Annual statistical returns and brief notes on vaccination in Bengal - 1887-1898
Year: 1887
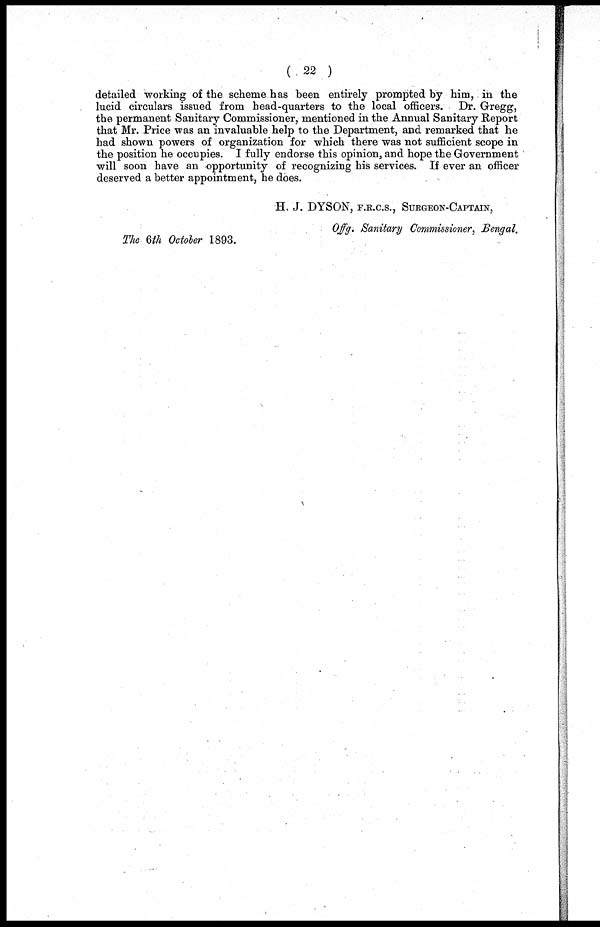
( 22 )
detailed working of the scheme has been entirely prompted by him, in the
lucid circulars issued from bead-quarters to the local officers. Dr. Gregg,
the permanent Sanitary Commissioner, mentioned in the Annual Sanitary Report
that Mr. Price was an invaluable help to the Department, and remarked that he
had shown powers of organization for which there was not sufficient scope in
the position he occupies. I fully endorse this opinion, and hope the Government
will soon have an opportunity of recognizing his services. If ever an officer
deserved a better appointment, he does.
H. J. DYSON, F.R.C.S., SURGEON-CAPTAIN,
Offg. Sanitary Commissioner, Bengal.
The 6th October 1893.